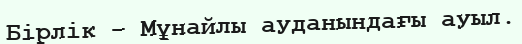
Бірлік – Мұнайлы ауданындағы ауыл.